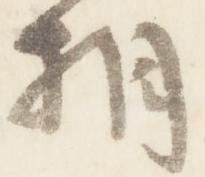
相